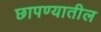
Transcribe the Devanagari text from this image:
छापण्यातील